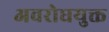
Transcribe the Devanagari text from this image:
अवरोधयुक्त